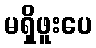
မရှိဖူးပေ